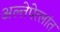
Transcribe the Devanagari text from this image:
अल्तेपेत्लांत